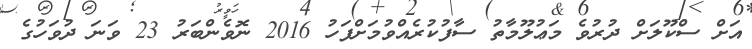
އަށް ސްކޫލަށް ދުރުވެ މަޢުލޫމާތު ސާފުކުރެއްވުމަށްފަހު 2016 ނޮވެންބަރު 23 ވަނަ ދުވަހުގެ